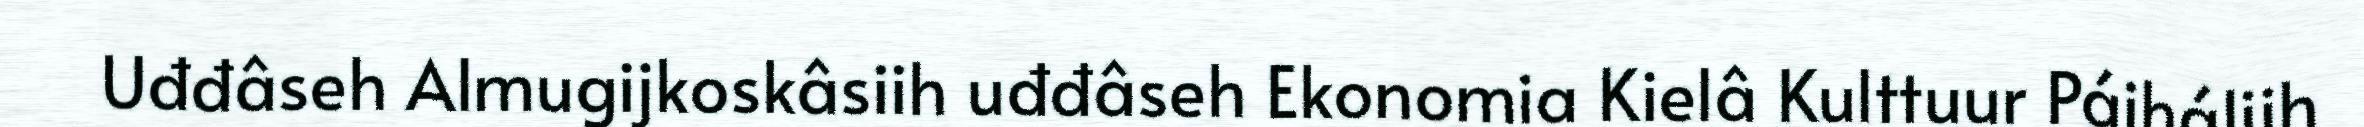
Uđđâseh Almugijkoskâsiih uđđâseh Ekonomia Kielâ Kulttuur Páiháliih